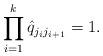
LaTeX: \begin{align*} \prod_{i=1}^k \hat q_{j_ij_{i+1}} = 1.\end{align*}